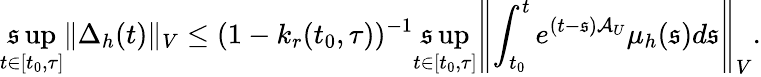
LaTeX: \operatorname*{\mathfrak{s}up}_{t\in[t_{0},\tau]}\Vert\Delta_{h}(t)\Vert_{V}\leq(1-k_{r}(t_{0},\tau))^{-1}\operatorname*{\mathfrak{s}up}_{t\in[t_{0},\tau]}\left\Vert\int_{t_{0}}^{t}e^{(t-\mathfrak{s})\mathcal{{A}}_{U}}\mu_{h}(\mathfrak{s})d\mathfrak{s}\right\Vert_{V}.